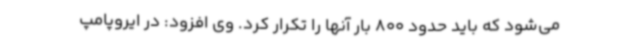
می‌شود که باید حدود 800 بار آنها را تکرار کرد. وی افزود: در ایروپامپ